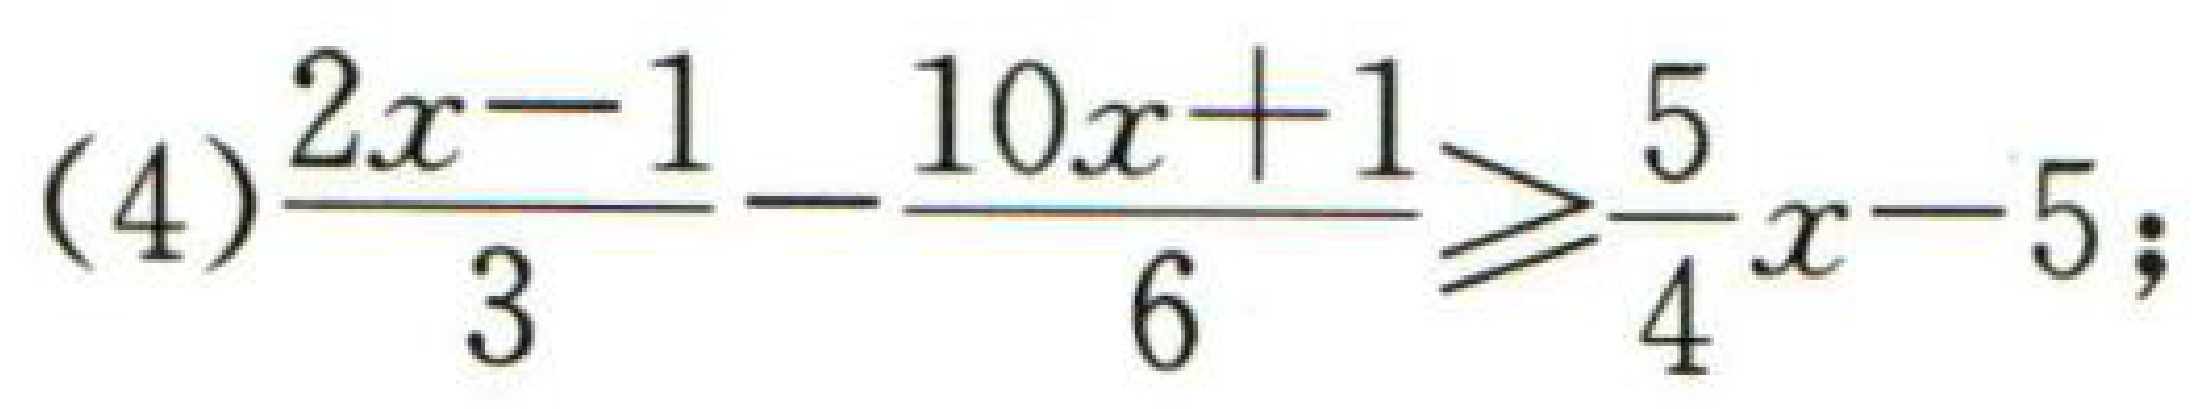
(4)$\frac{2x - 1}{3}-\frac{10x + 1}{6}\geqslant\frac{5}{4}x - 5;$